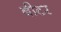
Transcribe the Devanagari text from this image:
बीटर